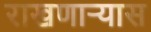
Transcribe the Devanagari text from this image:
राखणाऱ्यास